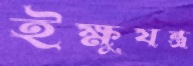
ইক্ষুযন্ত্র